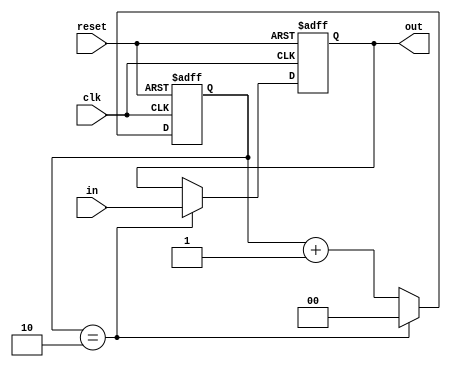
module downsampler(in, out, clk, reset);
  input [15:0] in;
  input clk, reset;
  output reg [15:0] out;

  reg [1:0] counter;

  always @(posedge clk, posedge reset) begin
    if (reset) begin
      counter <= 0;
      out <= 0;
    end else if (counter == 2) begin
      out <= in;
      counter <= 0;
    end else begin
      counter <= counter + 1;
      out <= out;
    end
  end
endmodule